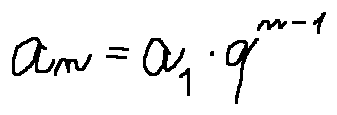
a _ { n } = a _ { 1 } \cdot q ^ { n - 1 }